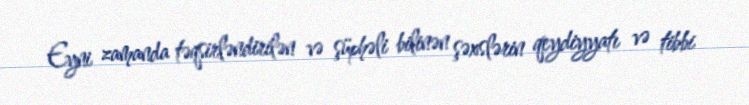
Eyni zamanda təqsirləndirilən və şüphəli bilinən şəxslərin qeydiyyatı və tibbi